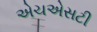
એચએસટી